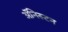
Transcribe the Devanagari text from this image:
अॅनिस्टन